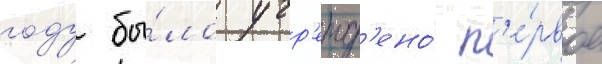
году бы́ло учр'ежд'ено́ п'е́рвое